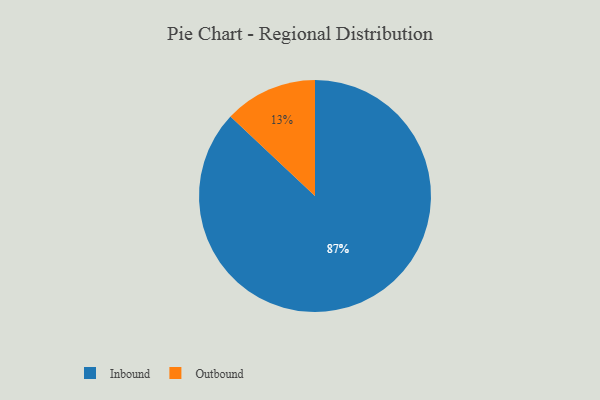
{"axis": {"x": "Category", "y": "Percentage"}, "legend": ["Inbound", "Outbound"], "data": [{"x": "Inbound", "y": 87, "type": "Inbound"}, {"x": "Outbound", "y": 13, "type": "Outbound"}]}